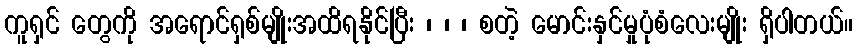
ကူရှင် တွေကို အရောင်ရှစ်မျိုးအထိရနိုင်ပြီး ၊ ၊ ၊ စတဲ့ မောင်းနှင်မှုပုံစံလေးမျိုး ရှိပါတယ်။